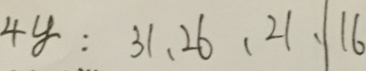
4 y : 3 1 、 2 6 、 2 1 、 \vert 1 6